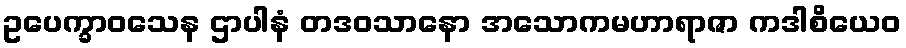
ဥပေက္ခာဝသေန ဌာပါနံ တဒဝသာနော အသောကမဟာရာဇာ ကဒါစိယေဝ